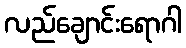
လည်ချောင်းရောဂါ